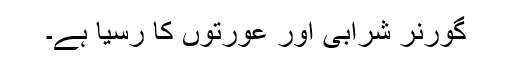
گورنر شرابی اور عورتوں کا رسیا ہے۔